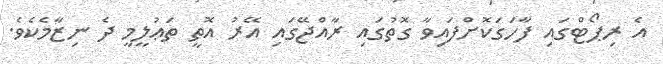
އެ ރިޕޯޓްގައި ފާހަގަކޮށްފައިވާ ގޮތުގައި ރާއްޖޭގައި އޭރު އޮތީ ތަޢުލީމީ ދެ ނިޒާމެކެވެ.